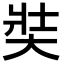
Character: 奘